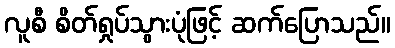
လူစီ စိတ်ရှုပ်သွားပုံဖြင့် ဆက်ပြောသည်။